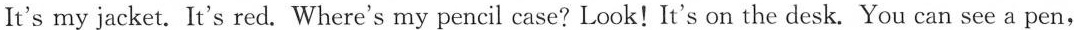
It's my jacket. It's red. Where's my pencil case?Look!It's on the desk. You can see a pen,，